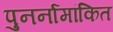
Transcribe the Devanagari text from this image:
पुनर्नामांकित